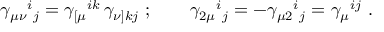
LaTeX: \gamma _ { \mu \nu } { } ^ { i } { } _ { j } = \gamma _ { [ \mu } { } ^ { i k } \, \gamma _ { \nu ] k j } \ ; \qquad \gamma _ { 2 \mu } { } ^ { i } { } _ { j } = - \gamma _ { \mu 2 } { } ^ { i } { } _ { j } = \gamma _ { \mu } { } ^ { i j } \ .